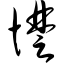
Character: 憷